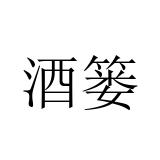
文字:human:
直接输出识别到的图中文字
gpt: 酒篓